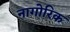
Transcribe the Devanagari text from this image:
नागोरिक